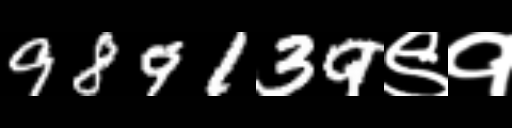
Text: 989139९१